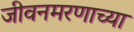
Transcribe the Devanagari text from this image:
जीवनमरणाच्या